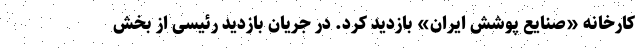
کارخانه «صنایع پوشش ایران» بازدید کرد. در جریان بازدید رئیسی از بخش